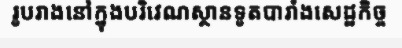
រូបរាងនៅក្នុងបរិវេណស្ថានទូតបារាំងសេដ្ឋកិច្ច